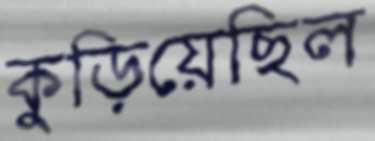
কুড়িয়েছিল